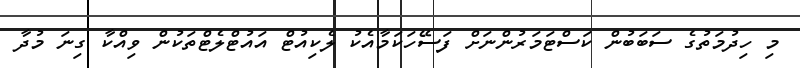
މި ހިދުމަތުގެ ސަބަބުން ކަސްޓަމަރުންނަށް ފަސޭހަކަމާއެކު ލެކިއުޓް އައުޓްލެޓްތަކުން ވިއްކާ ގިނަ މުދާ